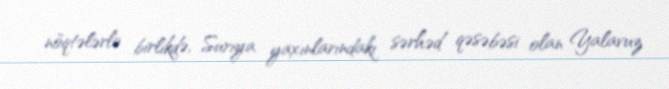
nöqtələrlə birlikdə, Suriya yaxınlarındakı sərhəd qəsəbəsi olan Yalavuz